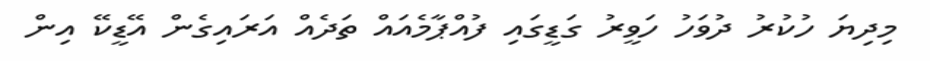
މިދިޔަ ހުކުރު ދުވަހު ހަވީރު ގަޑީގައި ފުއްޕާމެއައް ތަދެއް އަރައިގެން އޭޑީކޭ އިން